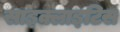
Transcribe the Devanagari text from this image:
साइक्लाइटिस